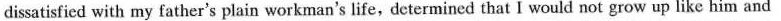
dissatisfied with my father's plain workman's life, determined that I would not grow up like him and